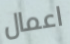
اعمال